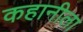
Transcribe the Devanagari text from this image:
कहानीला